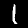
Label: 1